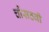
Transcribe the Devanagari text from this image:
चौंसठवीं